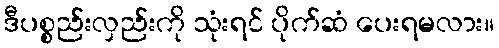
ဒီပစ္စည်းလှည်းကို သုံးရင် ပိုက်ဆံ ပေးရမလား။